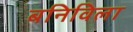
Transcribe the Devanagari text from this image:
बनिविला